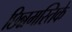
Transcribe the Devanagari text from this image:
छिन्नमस्तिके